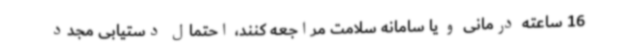
16 ساعته درمانی و یا سامانه سلامت مراجعه کنند، احتمال دستیابی مجدد